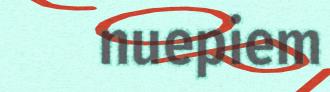
nuepiem